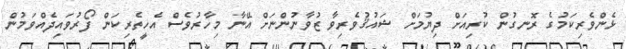
ޅެންވެރިކަމުގެ ރޮނގުން ކުރިއަށް ދިޔުމަށް ޝައުޤުވެރިވާ ޒުވާނުންނަށް އޭނާ މިހާރުވެސް އެހީތެރިކަން ފޯރުވައިދެއްވަމުން